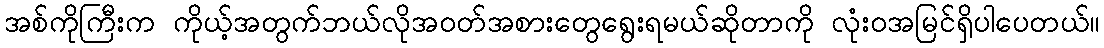
အစ်ကိုကြီးက ကိုယ့်အတွက်ဘယ်လိုအဝတ်အစားတွေရွေးရမယ်ဆိုတာကို လုံးဝအမြင်ရှိပါပေတယ်။